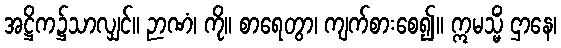
အဋ္ဌိက၌သာလျှင်။ ဉာဏံ၊ ကို။ စာရေတွာ၊ ကျက်စားစေ၍။ ဣမသ္မိံ ဌာနေ၊